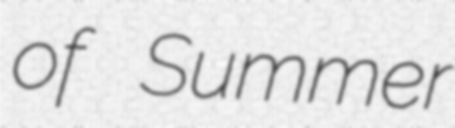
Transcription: of Summer